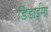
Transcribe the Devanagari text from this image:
डिडाईमा